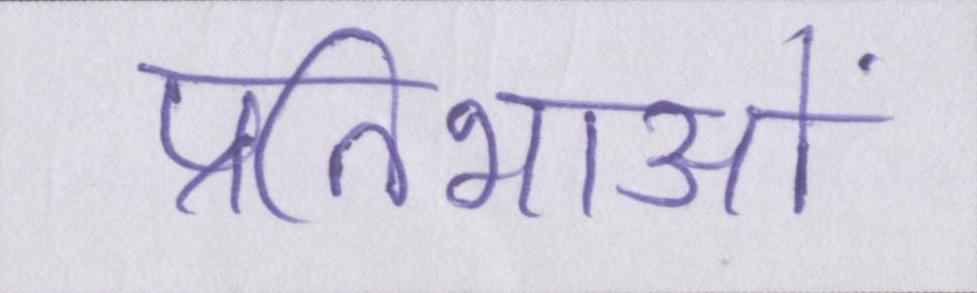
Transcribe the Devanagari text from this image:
प्रतिभाओं